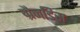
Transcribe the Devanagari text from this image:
ग्रैनडिस